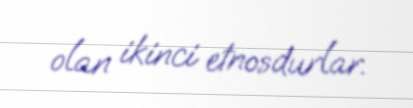
olan ikinci etnosdurlar.